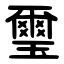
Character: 璽